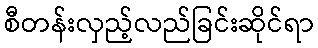
စီတန်းလှည့်လည်ခြင်းဆိုင်ရာ